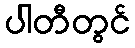
ပါတီတွင်